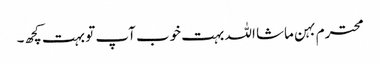
محترم بہن ماشا اللہ بہت خوب آپ تو بہت کچھ۔